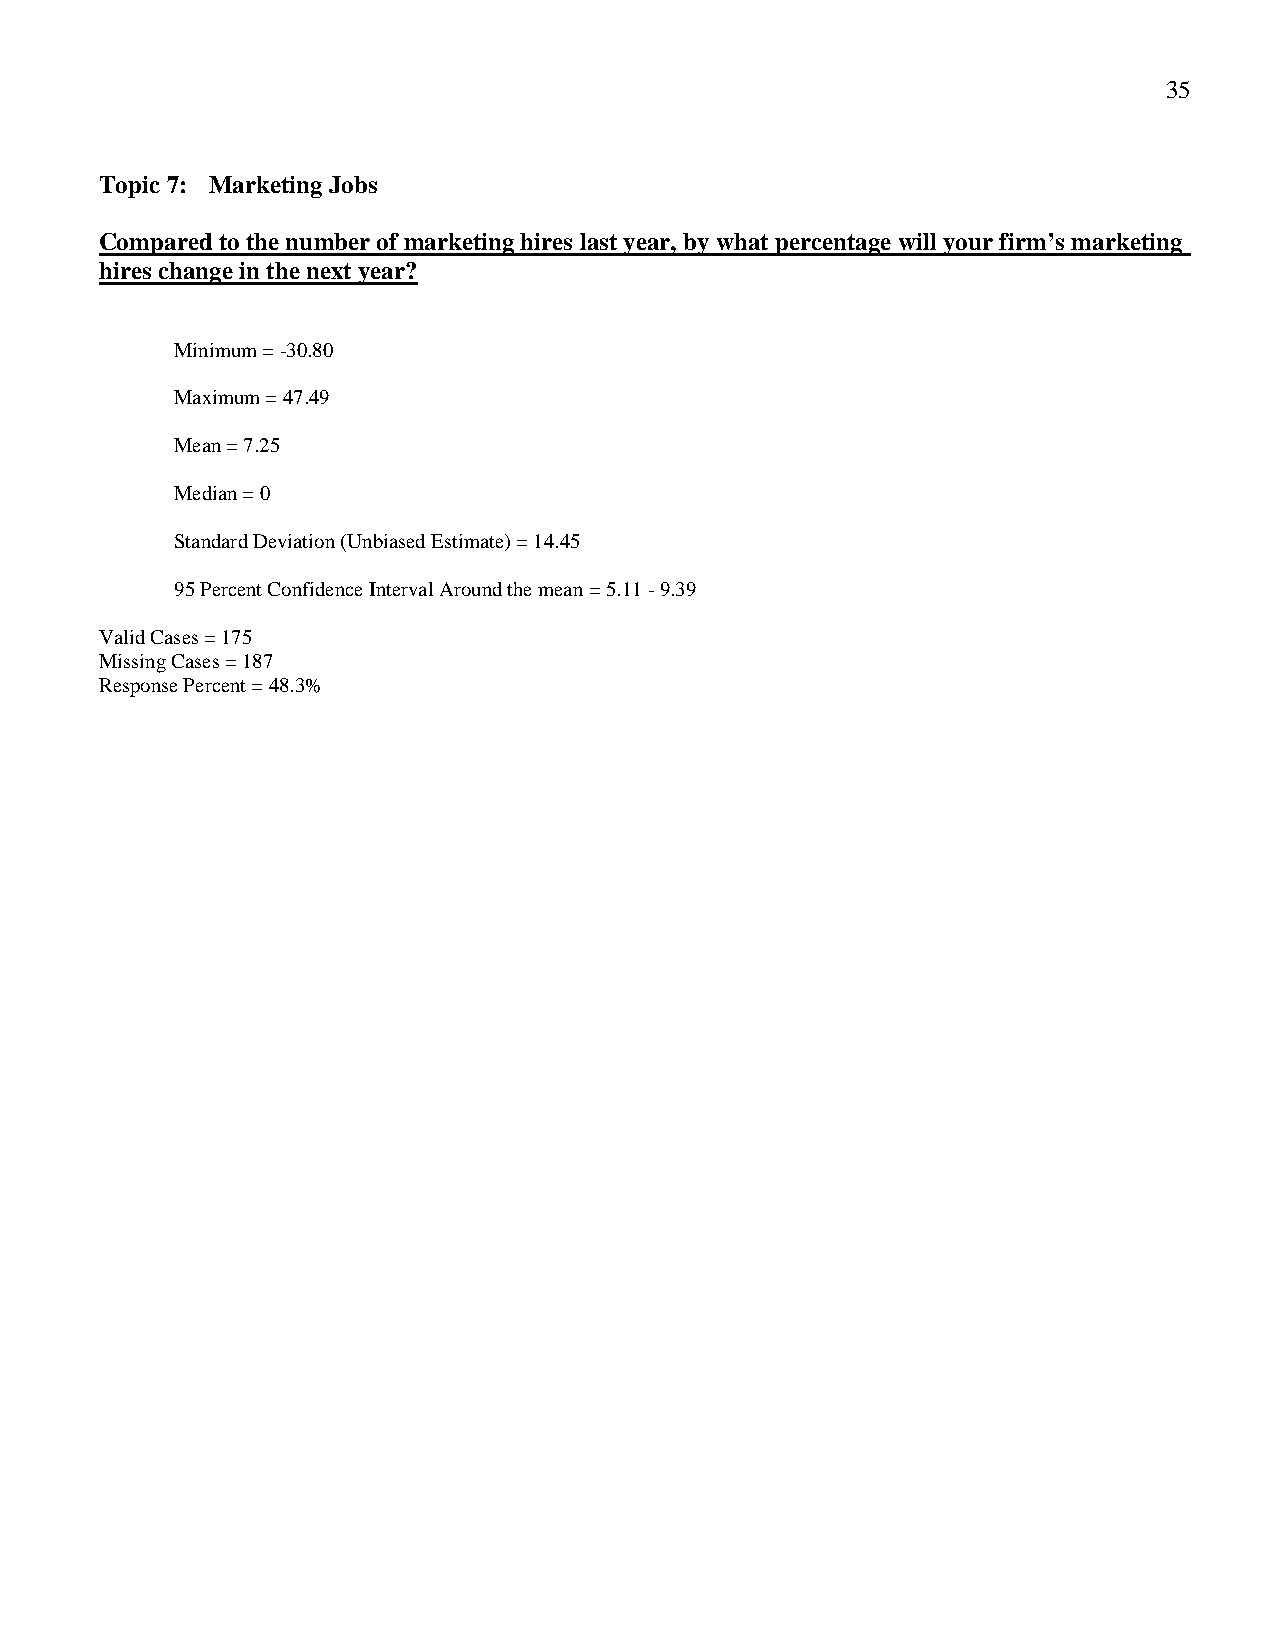
35
 Topic 7: Marketing Jobs
 Compared to the number of marketing hires last year, by what percentage will your firm’s marketing
 hires change in the next year?
 Minimum = -30.80
 Maximum = 47.49
 Mean = 7.25
 Median = 0
 Standard Deviation (Unbiased Estimate) = 14.45
 95 Percent Confidence Interval Around the mean = 5.11 - 9.39
 Valid Cases = 175
 Missing Cases = 187
 Response Percent = 48.3%